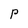
Character: P